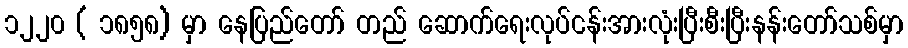
၁၂၂၀ ( ၁၈၅၈) မှာ နေပြည်တော် တည် ဆောက်ရေးလုပ်ငန်းအားလုံးပြီးစီးပြီးနန်းတော်သစ်မှာ